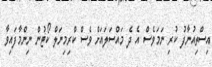
އިސްތިއުނާފު ކުރި ނަމަވެސް އެ ދެ މައްސަލައަށް ވެސް ކްރިމިނަލް ކޯޓުން ނިންމާފައިވާ